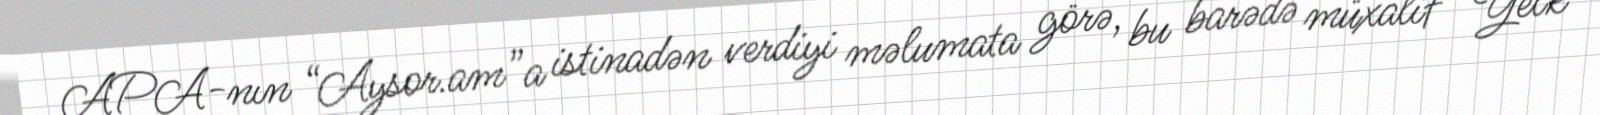
APA-nın “Aysor.am”a istinadən verdiyi məlumata görə, bu barədə müxalif “Yelk"